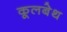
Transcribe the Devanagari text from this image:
कूलबेथ